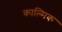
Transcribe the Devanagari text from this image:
काल्मिक